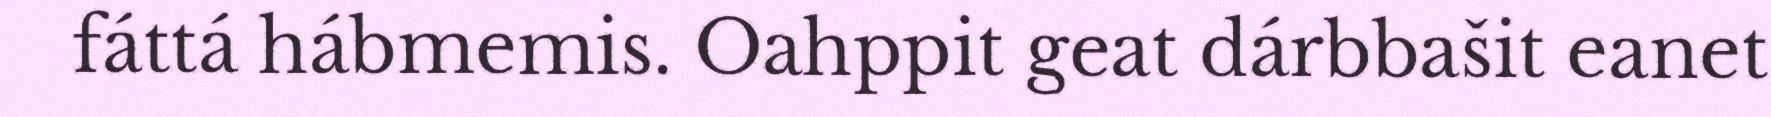
fáttá hábmemis. Oahppit geat dárbbašit eanet